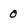
Character: 0